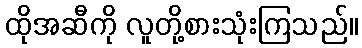
ထိုအဆီကို လူတို့စားသုံးကြသည်။